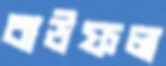
বাউফল